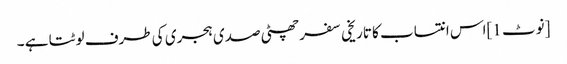
[نوٹ 1]اس انتساب کا تاریخی سفر چھٹی صدی ہجری کی طرف لوٹتا ہے ۔